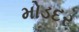
મોડદર